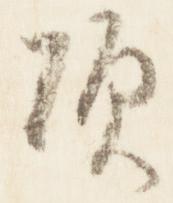
頃